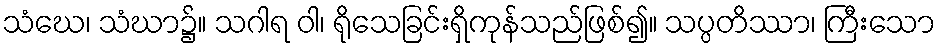
သံဃေ၊ သံဃာ၌။ သဂါရ ဝါ၊ ရိုသေခြင်းရှိကုန်သည်ဖြစ်၍။ သပ္ပတိဿာ၊ ကြီးသော